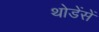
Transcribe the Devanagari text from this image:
थोडेंसें